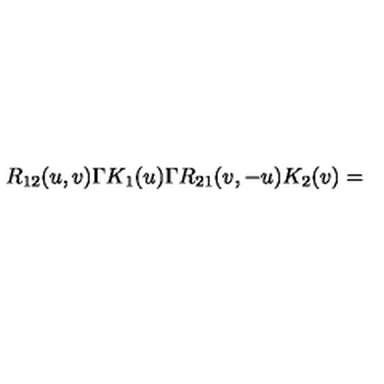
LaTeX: R _ { 1 2 } ( u , v ) \Gamma K _ { 1 } ( u ) \Gamma R _ { 2 1 } ( v , - u ) K _ { 2 } ( v ) =